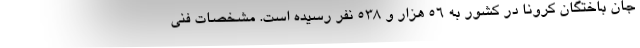
جان باختگان کرونا در کشور به ۵۶ هزار و ۵۳۸ نفر رسیده است. مشخصات فنی